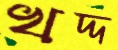
খদ্দ